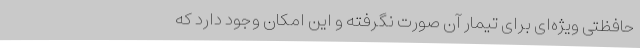
حافظتی ویژه‌ای برای تیمار آن صورت نگرفته و این امکان وجود دارد که